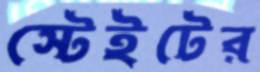
স্টেইটের